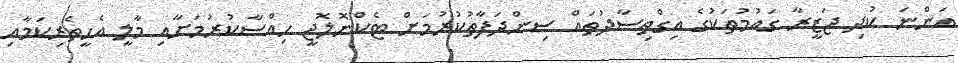
އަންނަ ކުދި ޖަޒީރާ ގައުމުތަކުގެ އިގްތިސާދުތައް ސިންދަފާތުކުރުމަށް ޓެކްނޮލޮޖީ ހިއްސާކުރުމަށާއި މާލީ އެހީތެރިކަމާއި